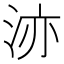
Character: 洂